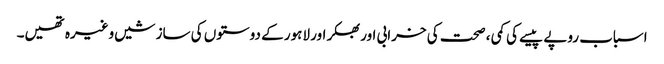
اسباب روپے پیسے کی کمی ، صحت کی خرابی اور بھکر اور لاہور کے دوستوں کی سازشیں وغیرہ تھیں۔